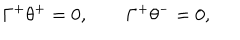
\Gamma ^ { + } \theta ^ { + } = 0 , \qquad \Gamma ^ { + } \theta ^ { - } = 0 ,